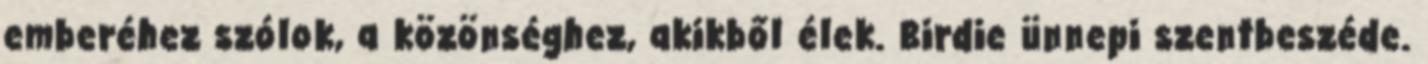
emberéhez szólok, a közönséghez, akikből élek. Birdie ünnepi szentbeszéde.